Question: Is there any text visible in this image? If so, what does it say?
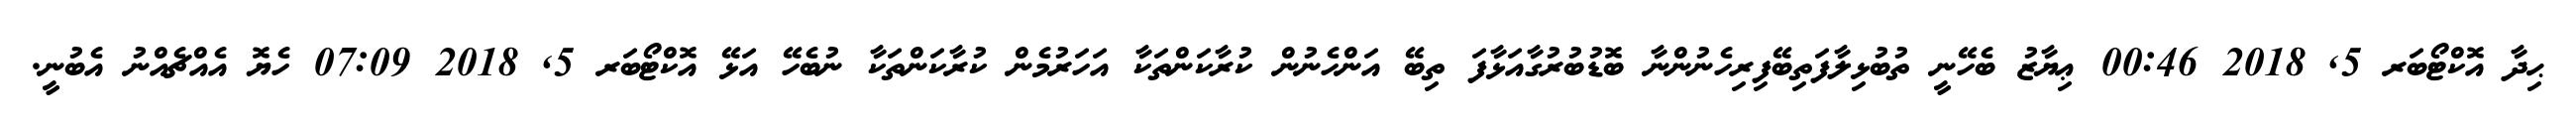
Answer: ޙިދާ އޮކްޓޯބަރ 5, 2018 00:46 ޢިޔާޒު ބެހޭނީ ތުބުޅިލާފަތިބޭފިރިހެނުންނާ ބޮޑުބުރުގާއަޅާފަ ތިބޭ އަންހެނުން ކުރާކަންތަކާ އަހަރުމެން ކުރާކަންތަކާ ނުބެހޭ އަޅޭ އޮކްޓޯބަރ 5, 2018 07:09 ހެޔޮ އެއްޗެއްނު އެބުނީ.